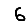
Digit: 6